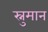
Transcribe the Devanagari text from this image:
स्नुमान